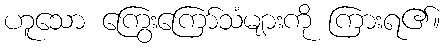
ဟူသော ကြွေးကြော်သံများကို ကြားရ၏။